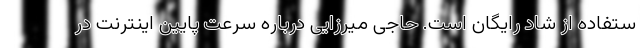
ستفاده از شاد رایگان است. حاجی میرزایی درباره سرعت پایین اینترنت در